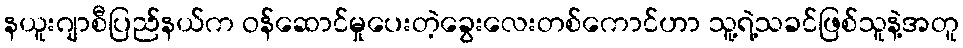
နယူးဂျာစီပြည်နယ်က ဝန်ဆောင်မှုပေးတဲ့ခွေးလေးတစ်ကောင်ဟာ သူ့ရဲ့သခင်ဖြစ်သူနဲ့အတူ